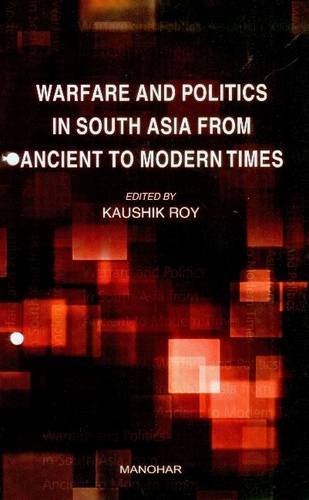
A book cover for Warfare and Politics in South Asia from Ancient to Modern Times; Kaushik Roy; Reference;